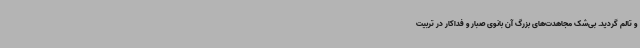
و تالم گردید. بی‌شک مجاهدت‌های بزرگ آن بانوی صبار و فداکار در تربیت